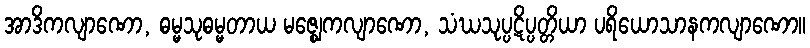
အာဒိကလျာဏော, ဓမ္မသုဓမ္မတာယ မဇ္ဈေကလျာဏော, သံဃသုပ္ပဋိပ္ပတ္တိယာ ပရိယောသာနကလျာဏော။